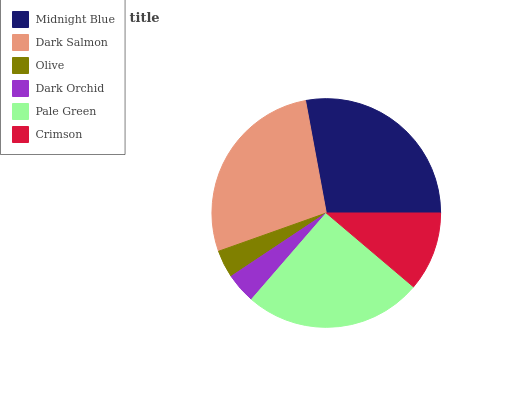
| Midnight Blue | Dark Salmon | Olive | Dark Orchid | Pale Green | Crimson |
 | --- | --- | --- | --- | --- | --- |
 | 27.9% | 27.6% | 3.92% | 4.3% | 25.2% | 11.2% |